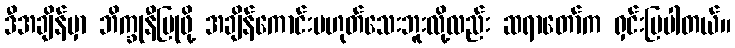
ဒီအချိန်မှာ ဘိက္ခုနီပြုဖို့ အချိန်ကောင်းမဟုတ်သေးဘူးလို့လည်း ဆရာတော်က ရှင်းပြပါတယ်။